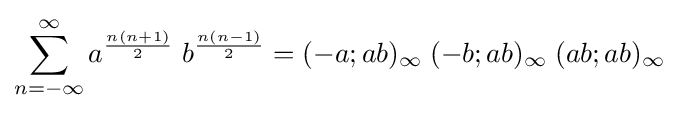
\sum _{n=-\infty }^{\infty }a^{\frac {n(n+1)}{2}}\;b^{\frac {n(n-1)}{2}}=(-a;ab)_{\infty }\;(-b;ab)_{\infty }\;(ab;ab)_{\infty }